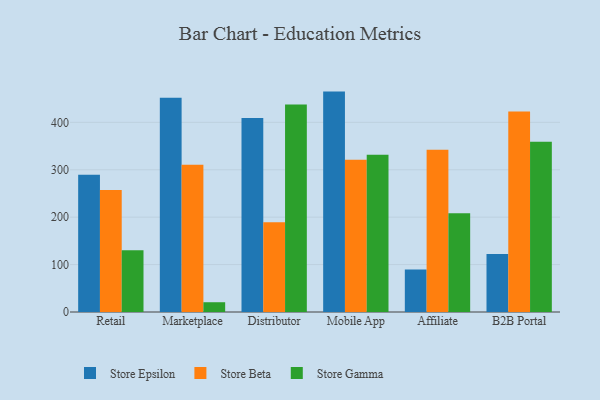
{"axis": {"x": "Channel", "y": "Energy Usage (MWh)"}, "legend": ["Store Beta", "Store Epsilon", "Store Gamma"], "data": [{"x": "Retail", "y": 289.6, "type": "Store Epsilon"}, {"x": "Retail", "y": 257.2, "type": "Store Beta"}, {"x": "Retail", "y": 130.0, "type": "Store Gamma"}, {"x": "Marketplace", "y": 451.8, "type": "Store Epsilon"}, {"x": "Marketplace", "y": 310.3, "type": "Store Beta"}, {"x": "Marketplace", "y": 20.6, "type": "Store Gamma"}, {"x": "Distributor", "y": 409.1, "type": "Store Epsilon"}, {"x": "Distributor", "y": 189.5, "type": "Store Beta"}, {"x": "Distributor", "y": 437.8, "type": "Store Gamma"}, {"x": "Mobile App", "y": 464.8, "type": "Store Epsilon"}, {"x": "Mobile App", "y": 321.0, "type": "Store Beta"}, {"x": "Mobile App", "y": 331.7, "type": "Store Gamma"}, {"x": "Affiliate", "y": 89.8, "type": "Store Epsilon"}, {"x": "Affiliate", "y": 342.1, "type": "Store Beta"}, {"x": "Affiliate", "y": 208.2, "type": "Store Gamma"}, {"x": "B2B Portal", "y": 122.1, "type": "Store Epsilon"}, {"x": "B2B Portal", "y": 422.9, "type": "Store Beta"}, {"x": "B2B Portal", "y": 359.2, "type": "Store Gamma"}]}